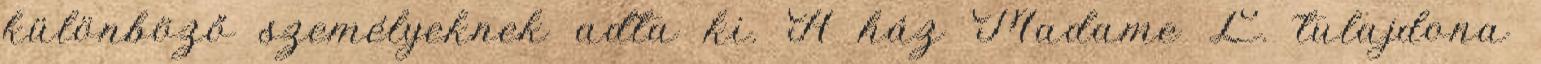
különböző személyeknek adta ki. A ház Madame L. tulajdona